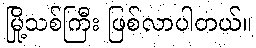
မြို့သစ်ကြီး ဖြစ်လာပါတယ်။